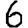
Digit: 6